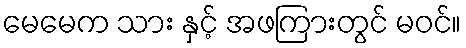
မေမေက သား နှင့် အဖကြားတွင် မဝင်။